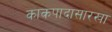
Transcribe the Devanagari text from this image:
काकपादासारखा